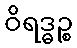
ဝိရဒ္ဓဉ္စ